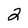
Character: 2